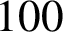
1 0 0